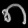
Digit: ၈